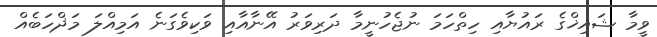
ވީމާ ޝައިޚްގެ ރައުޔާއި ހިތްހަމަ ނުޖެހުނީމާ ދަރިވަރު އޭނާއާއި ވަކިވެގަނެ އަމިއްލަ މަޛްހަބެއް